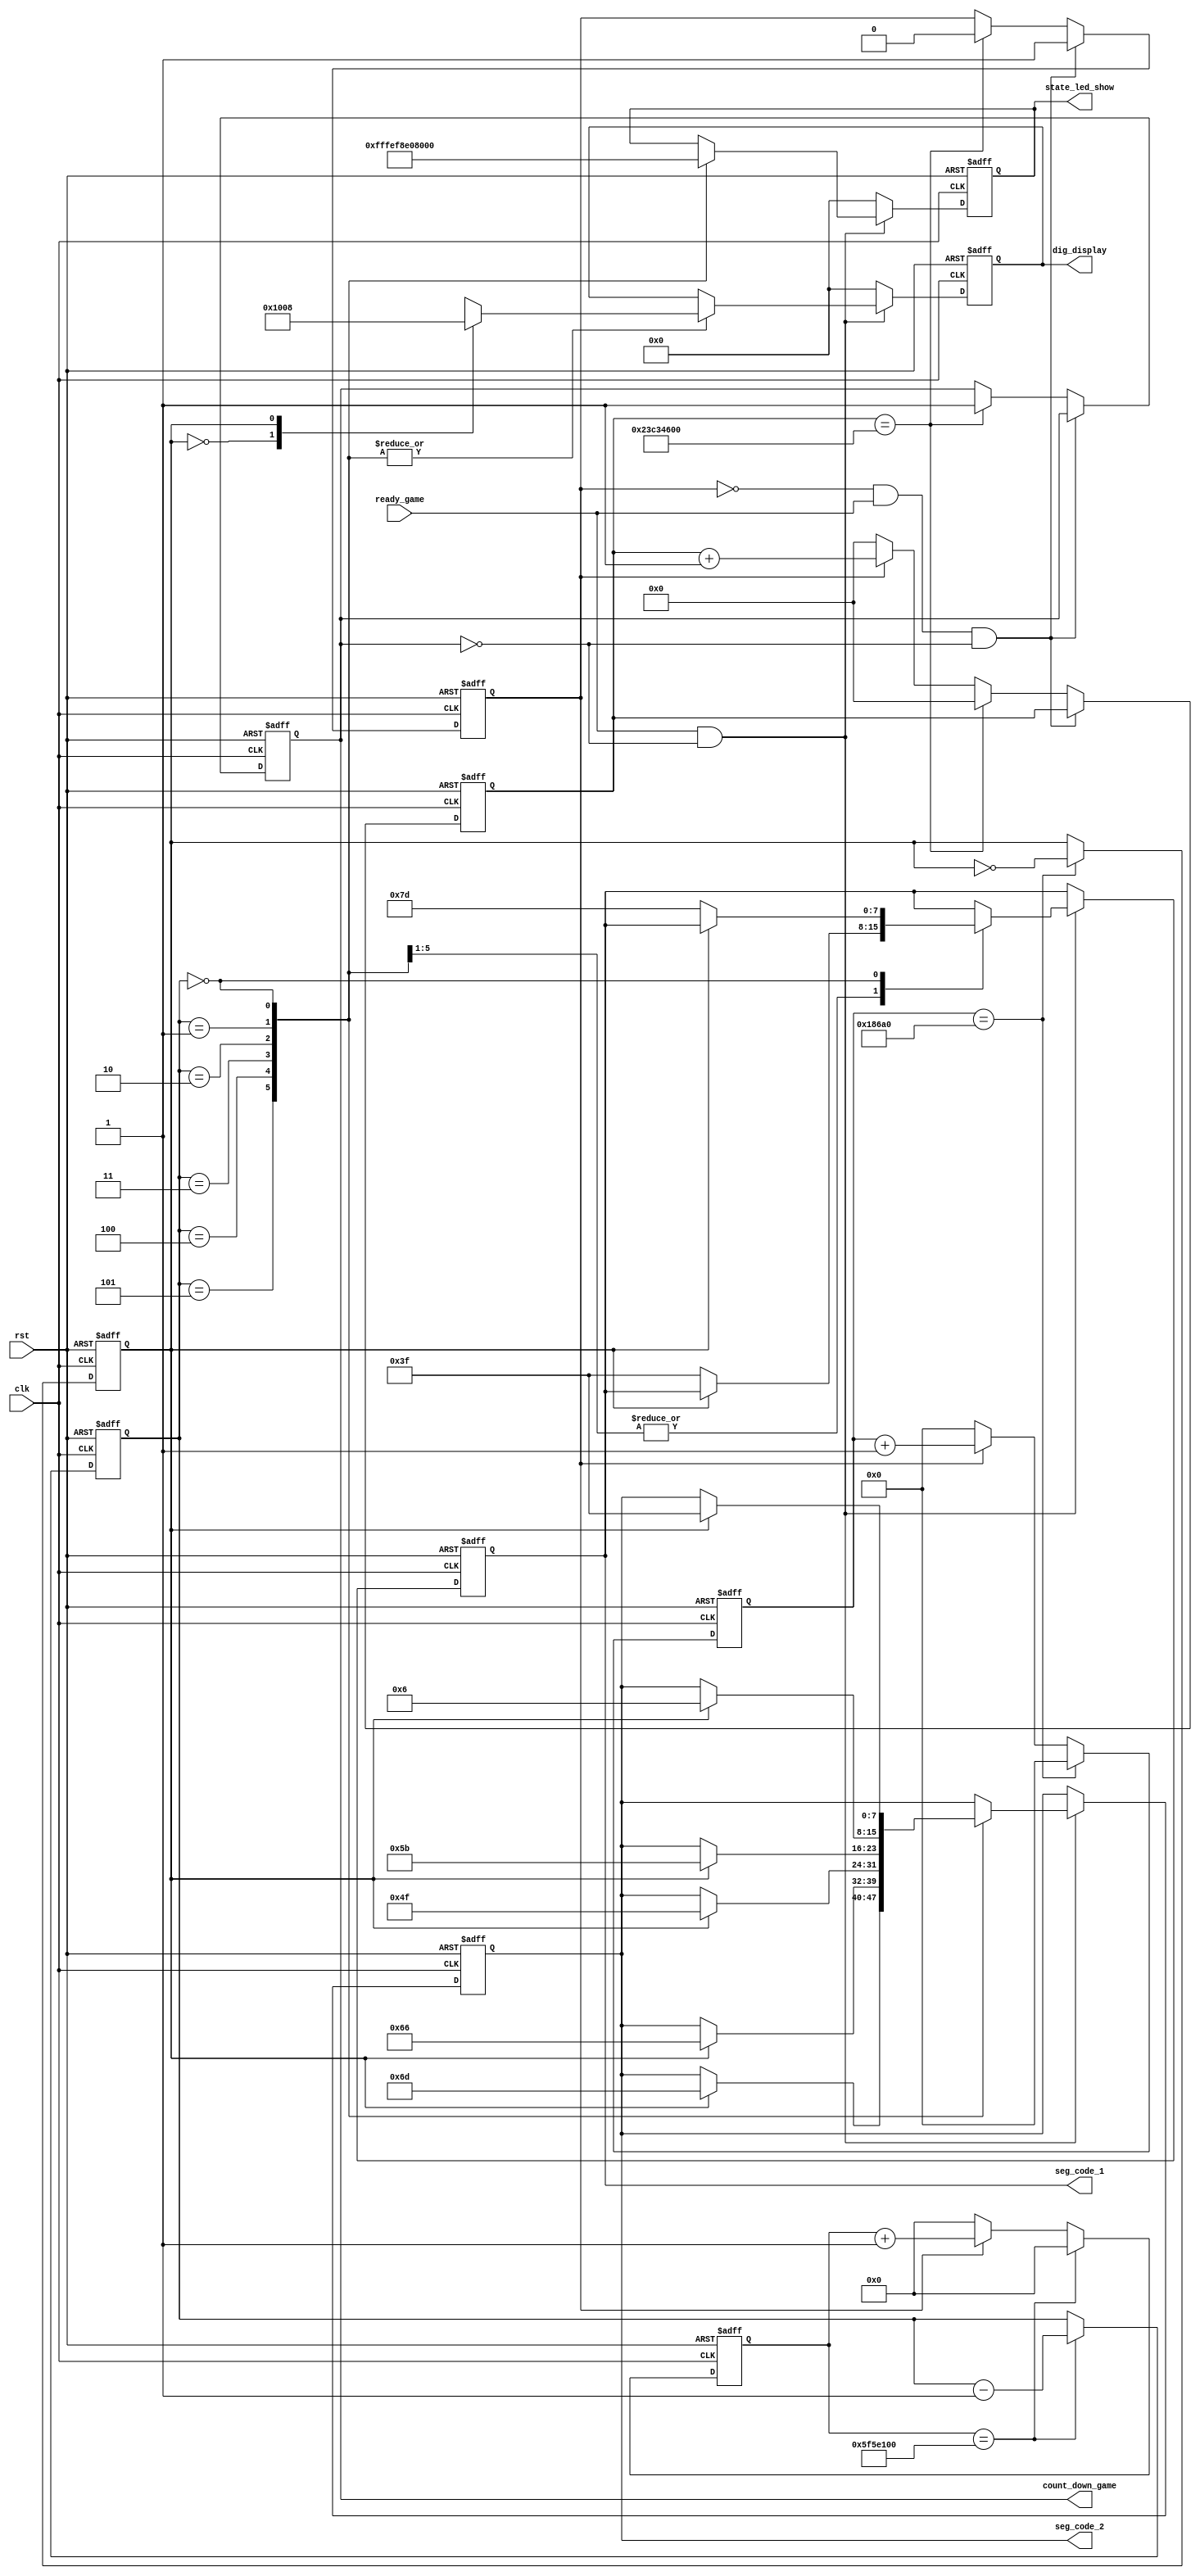
`timescale 1ns / 1ps
//////////////////////////////////////////////////////////////////////////////////
// Company: 
// Engineer: 
// 
// Design Name: 
// Module Name: game_count_down
// Project Name: 
// Target Devices: 
// Tool Versions: 
// Description: 
// 
// Dependencies: 
// 
// Revision:
// Revision 0.01 - File Created
// Additional Comments:
// 
//////////////////////////////////////////////////////////////////////////////////


module game_count_down(
    	input clk,
        input rst,
        input ready_game,
        output reg [7:0] dig_display,
        output reg [7:0] seg_code_1,
        output reg [7:0] seg_code_2,
        output reg [7:0] state_led_show,
        output reg count_down_game
	    );

        // 0.001s
        parameter T0001S = 17'd100000;
        reg [16:0] cnt_0001;
	    reg cnt_sig;
	    always @( posedge clk or posedge rst )
	        if( rst )
                cnt_0001 <= 17'd0;
	        else if( cnt_0001 == T0001S )
                cnt_0001 <= 17'd0;
	        else if( cnt_sig )
	            cnt_0001 <= cnt_0001 + 17'b1;
	        else
                cnt_0001 <= 17'd0;

        // 1s
        parameter T1S = 27'd100000000;
        reg [26:0] cnt_1;
	    always @( posedge clk or posedge rst )
	        if( rst )
	            cnt_1 <= 27'd0;
	        else if( cnt_1 == T1S )
	            cnt_1 <= 27'd0;
	        else if( cnt_sig )
	            cnt_1 <= cnt_1 + 27'b1;
	        else
	            cnt_1 <= 27'd0;

        // 6s
        parameter T6S = 30'd600000000;
        reg [29:0] cnt_6;
	    always @( posedge clk or posedge rst )
	        if( rst )
                begin
	                cnt_6 <= 30'd0;
                    cnt_sig <= 1'b0;
                    count_down_game <= 1'b0;
                end
            else if( !cnt_sig && ready_game && !count_down_game)
	            cnt_sig <= 1'b1;
	        else if( cnt_6 == T6S )
                begin
	                cnt_6 <= 30'd0;
                    cnt_sig <= 1'b0;
                    count_down_game <= 1'b1;
                end
	        else if( cnt_sig )
	            cnt_6 <= cnt_6 + 30'b1;
	        else
	            cnt_6 <= 30'd0;

        // 
        reg dis_pos;
        always @( posedge clk or posedge rst )
	        if( rst )
	            dis_pos <= 1'b0;
	        else if( cnt_0001 == T0001S )
	            dis_pos <= !dis_pos;
            else
                dis_pos <= dis_pos;
        
        // 
        reg [2:0] cnt_down;
        always @( posedge clk or posedge rst )
	        if( rst )
	            cnt_down <= 3'd5;
	        else if( cnt_1 == T1S )
	            cnt_down <= cnt_down - 1'b1;

        parameter _0 = 8'hc0, _1 = 8'hf9, _2 = 8'ha4, _3 = 8'hb0, _4 = 8'h99, _5 = 8'h92, _G = 8'h82;

        always @( posedge clk or posedge rst )
            if( rst )
                begin
                    dig_display <= 8'b00000000;
                    state_led_show <= 8'b00000000;
                    seg_code_1 <= 8'b00000000;
                    seg_code_2 <= 8'b00000000;
                end
	        else if( ready_game && !count_down_game )
                case( cnt_down )
                    3'd5:
                        case( dis_pos )
                            1'b0:begin seg_code_1 <= ~_0; dig_display <= 8'b00010000; state_led_show <= 8'b11111111; end
                            1'b1:begin seg_code_2 <= ~_5; dig_display <= 8'b00001000; state_led_show <= 8'b11111111; end
                        endcase
                    3'd4:
                        case( dis_pos )
                            1'b0:begin seg_code_1 <= ~_0; dig_display <= 8'b00010000; state_led_show <= 8'b11111110; end
                            1'b1:begin seg_code_2 <= ~_4; dig_display <= 8'b00001000; state_led_show <= 8'b11111110; end
                        endcase
                    3'd3:
                        case( dis_pos )
                            1'b0:begin seg_code_1 <= ~_0; dig_display <= 8'b00010000; state_led_show <= 8'b11111000; end
                            1'b1:begin seg_code_2 <= ~_3; dig_display <= 8'b00001000; state_led_show <= 8'b11111000; end
                        endcase
                    3'd2:
                        case( dis_pos )
                            1'b0:begin seg_code_1 <= ~_0; dig_display <= 8'b00010000; state_led_show <= 8'b11100000; end
                            1'b1:begin seg_code_2 <= ~_2; dig_display <= 8'b00001000; state_led_show <= 8'b11100000; end
                        endcase
                    3'd1:
                        case( dis_pos )
                            1'b0:begin seg_code_1 <= ~_0; dig_display <= 8'b00010000; state_led_show <= 8'b10000000; end
                            1'b1:begin seg_code_2 <= ~_1; dig_display <= 8'b00001000; state_led_show <= 8'b10000000; end
                        endcase
                    3'd0:
                        case( dis_pos )
                            1'b0:begin seg_code_1 <= ~_G; dig_display <= 8'b00010000; state_led_show <= 8'b00000000; end
                            1'b1:begin seg_code_2 <= ~_0; dig_display <= 8'b00001000; state_led_show <= 8'b00000000; end
                        endcase
                endcase
	        else
                begin
                    dig_display <= 8'b00000000;
                    state_led_show <= 8'b00000000;
                end
endmodule